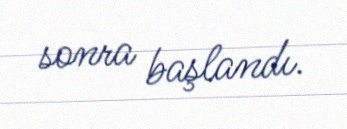
sonra başlandı.